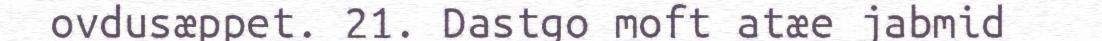
ovdusæppet. 21. Dastgo moft atæe jabmid